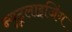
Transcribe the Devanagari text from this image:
न्यूट्रलाइजिंग